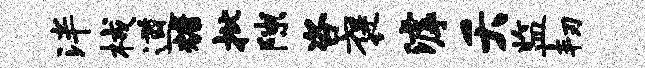
泮械遒糖批隙咨褒滹夭监韧